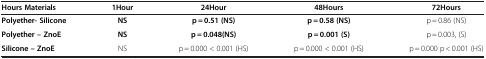
<table><thead><tr><td><b>Hours Materials</b></td><td><b>1Hour</b></td><td><b>24Hour</b></td><td><b>48Hours</b></td><td><b>72Hours</b></td></tr></thead><tbody><tr><td><b>Polyether- Silicone</b></td><td><b>NS</b></td><td><b>p = 0.51 (NS)</b></td><td><b>p = 0.58 (NS)</b></td><td>p = 0.86 (NS)</td></tr><tr><td><b>Polyether – ZnoE</b></td><td><b>NS</b></td><td><b>p = 0.048(NS)</b></td><td><b>p = 0.001 (S)</b></td><td>p = 0.003, (S)</td></tr><tr><td><b>Silicone – ZnoE</b></td><td>NS</td><td>p = 0.000 &lt; 0.001 (HS)</td><td>p = 0.000 &lt; 0.001 (HS)</td><td>p = 0.000 p &lt; 0.001 (HS)</td></tr></tbody></table>